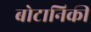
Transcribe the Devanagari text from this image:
बोटानिकी